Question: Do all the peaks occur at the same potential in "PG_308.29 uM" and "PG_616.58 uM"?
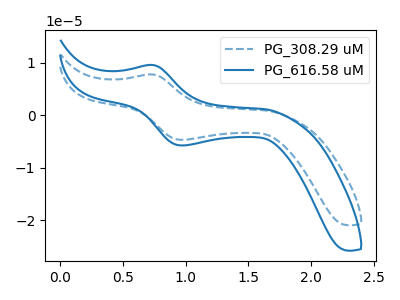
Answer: <think>The blue dashed curve "PG_308.29 uM" has an anodic peak at (0.75V, 7.80uA) and a cathodic peak at (0.95V, -4.65uA). The blue curve "PG_616.58 uM" has an anodic peak at (0.75V, 9.60uA) and a cathodic peak at (0.95V, -5.75uA).</think>
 <answer>Yes, "PG_308.29 uM" have a peak in "PG_616.58 uM" at the same potential.</answer>
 <eval>match</eval>